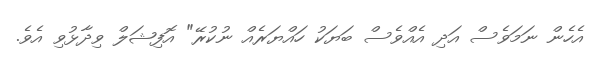
އެހެން ނަމަވެސް އަދި އެއްވެސް ބަޔަކު ހައްޔަރެއް ނުކުރޭ" އޮފިޝަލް ވިދާޅުވި އެވެ.